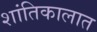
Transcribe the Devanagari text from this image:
शांतिकालात